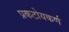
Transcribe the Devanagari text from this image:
प्रकटोयकर्ण